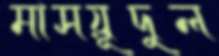
মাসয়ূদুল